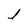
Character: l